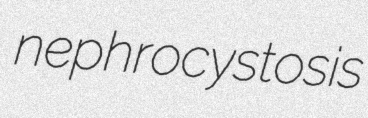
nephrocystosis